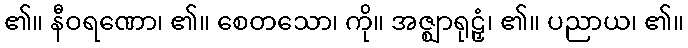
၏။ နီဝရဏော၊ ၏။ စေတသော၊ ကို။ အဇ္ဈာရုဠှံ၊ ၏။ ပညာယ၊ ၏။